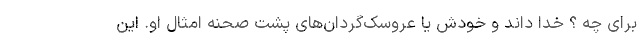
برای چه ؟ خدا داند و خودش یا عروسک‌گردان‌های پشت صحنه امثال او. این